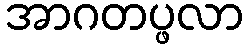
အာဂတပ္ဖလာ